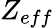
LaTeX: Z_{eff}